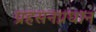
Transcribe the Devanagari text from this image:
प्रहसनप्रधान